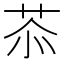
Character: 𦮕